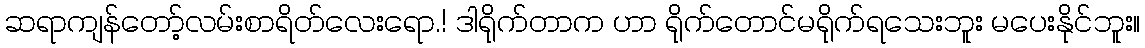
ဆရာကျန်တော့်လမ်းစာရိတ်လေးရော.! ဒါရိုက်တာက ဟာ ရိုက်တောင်မရိုက်ရသေးဘူး မပေးနိုင်ဘူး။